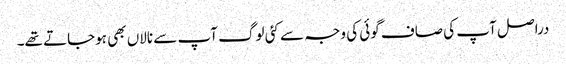
دراصل آپ کی صاف گوئی کی وجہ سے کئی لوگ آپ سے نالاں بھی ہوجاتے تھے۔